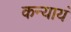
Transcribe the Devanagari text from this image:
कन्यायं